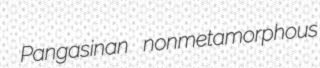
Pangasinan nonmetamorphous